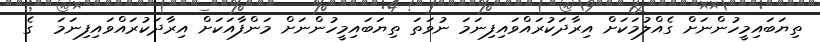
ތިޔަބައިމީހުންނަށް ގެއްލުމަކަށް އިރާދަކުރައްވައިފިނަމަ ނުވަތަ ތިޔަބައިމީހުންނަށް މަންފާއަކަށް އިރާދަކުރައްވައިފިނަމަ  ގެ